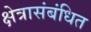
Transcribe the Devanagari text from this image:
क्षेत्रासंबंधित